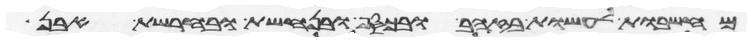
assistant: מחשבות לעשות בזהב ובכסף ובנחשת ובחרשת אבן